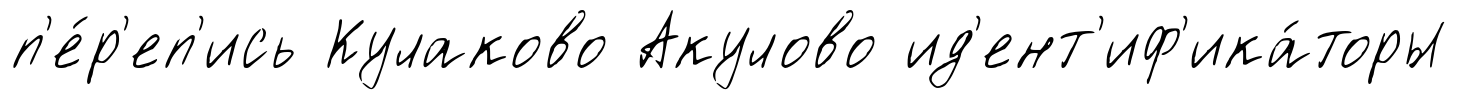
п'е́р'еп'ись Кулаково Акулово ид'ент'иф'ика́торы